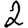
Digit: 2